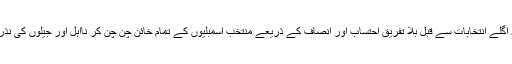
ہمیں قوی یقین ہے کہ اگلے انتخابات سے قبل بلا تفریق احتساب اور انصاف کے ذریعے منتخب اسمبلیوں کے تمام خائن چن چن کر نااہل اور جیلوں کی نذر کر دیئے جائیں گے۔